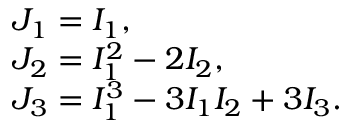
\begin{array} { l } { J _ { 1 } = I _ { 1 } , } \\ { J _ { 2 } = I _ { 1 } ^ { 2 } - 2 I _ { 2 } , } \\ { J _ { 3 } = I _ { 1 } ^ { 3 } - 3 I _ { 1 } I _ { 2 } + 3 I _ { 3 } . } \end{array}